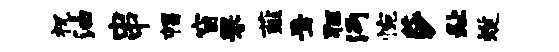
祝油串帽窗罘薤焉狂沔惋莎趾蜒